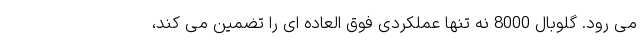
می رود. گلوبال 8000 نه تنها عملکردی فوق العاده ای را تضمین می کند،